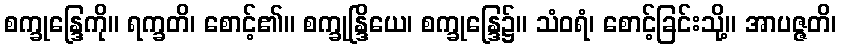
စက္ခုန္ဒြေကို။ ရက္ခတိ၊ စောင့်၏။ စက္ခုန္ဒြိယေ၊ စက္ခုန္ဒြေ၌။ သံဝရံ၊ စောင့်ခြင်းသို့။ အာပဇ္ဇတိ၊